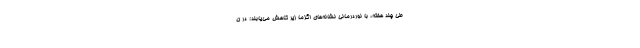
طی چند هفته، با نوردرمانی نشانه‌های اگزما زیر کاهش می‌یابند: در ن